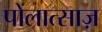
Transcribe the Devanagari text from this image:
पोंलात्साज़